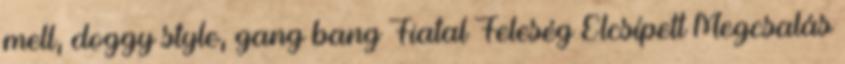
mell, doggy style, gang bang Fiatal Feleség Elcsípett Megcsalás